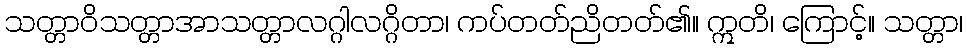
သတ္တာဝိသတ္တာအာသတ္တာလဂ္ဂါလဂ္ဂိတာ၊ ကပ်တတ်ညိတတ်၏။ ဣတိ၊ ကြောင့်။ သတ္တာ၊